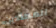
المجندين